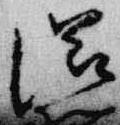
滋